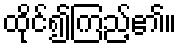
ထိုင်၍ကြည့်၏။